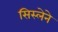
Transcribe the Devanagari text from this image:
सिस्लेने